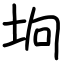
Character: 垧